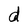
Character: d